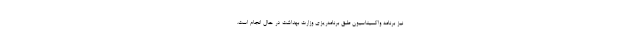
نیز برنامه واکسیناسیون طبق برنامه‌ریزی وزارت بهداشت در حال انجام است.